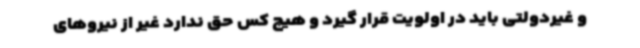
و غیردولتی باید در اولویت قرار گیرد و هیچ کس حق ندارد غیر از نیروهای